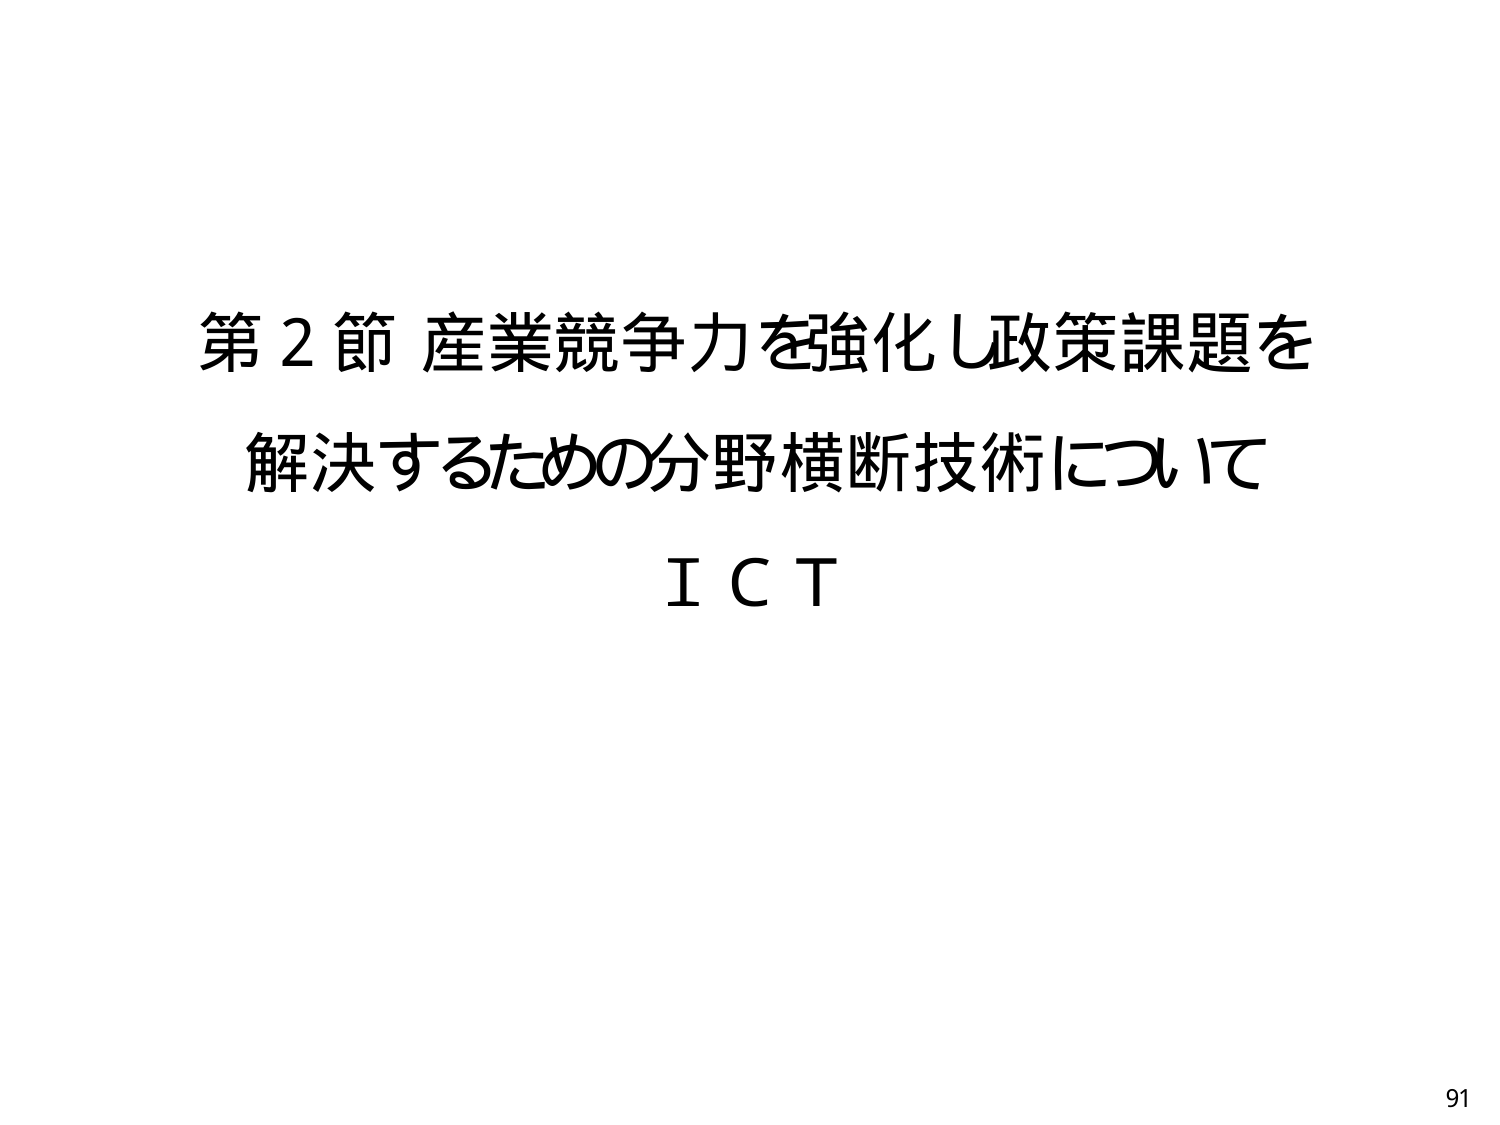
第２節 産業競争力を強化し政策課題を
解決するための分野横断技術について
ＩＣＴ
91